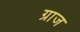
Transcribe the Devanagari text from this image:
ग्राज